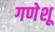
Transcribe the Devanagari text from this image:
गणेशू